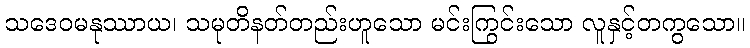
သဒေဝမနုဿာယ၊ သမုတိနတ်တည်းဟူသော မင်းကြွင်းသော လူနှင့်တကွသော။